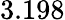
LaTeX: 3.198